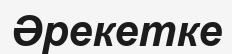
Әрекетке